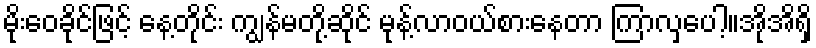
မိုးဝေခိုင်ဖြင့် နေ့တိုင်း ကျွန်မတို့ဆိုင် မုန့်လာဝယ်စားနေတာ ကြာလှပေါ့။အိုအိရှိ